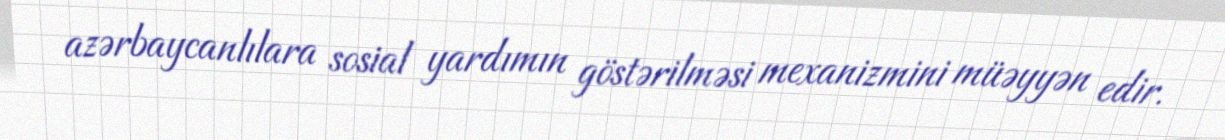
azərbaycanlılara sosial yardımın göstərilməsi mexanizmini müəyyən edir.